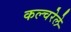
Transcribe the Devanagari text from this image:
कल्चरेले